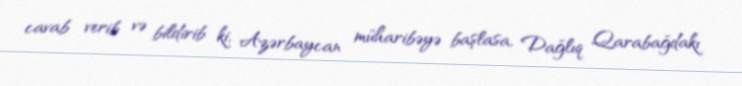
cavab verib və bildirib ki, Azərbaycan müharibəyə başlasa, Dağlıq Qarabağdakı